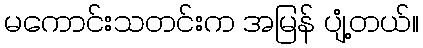
မကောင်းသတင်းက အမြန် ပျံ့တယ်။